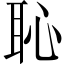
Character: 恥